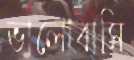
ভালোবাসি